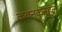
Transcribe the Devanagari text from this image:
कवनकुतूहल